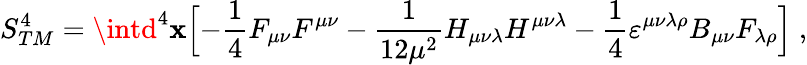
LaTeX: S_{TM}^{4}=\intd^{4}\mathbf{x}\Bigl[-{\frac{{1}}{{4}}}F_{\mu\nu}F^{\mu\nu}-{\frac{{1}}{{12\mu^{2}}}}H_{\mu\nu\lambda}H^{\mu\nu\lambda}-{\frac{{1}}{{4}}}\varepsilon^{\mu\nu\lambda\rho}B_{\mu\nu}F_{\lambda\rho}\Bigl]\; ,